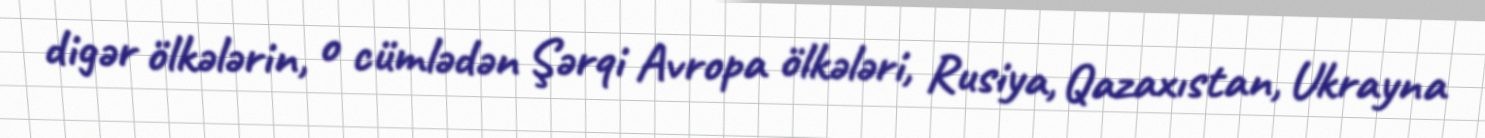
digər ölkələrin, o cümlədən Şərqi Avropa ölkələri, Rusiya, Qazaxıstan, Ukrayna